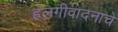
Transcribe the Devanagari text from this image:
हलगीवादनाचे